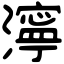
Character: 濘